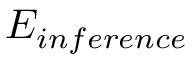
E _ { i n f e r e n c e }